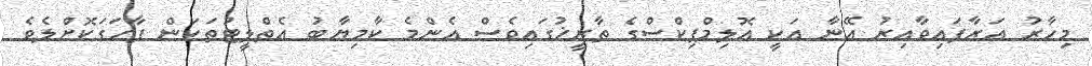
މިހާރު އަރާފައިވާއިރު އޭނާ އަކީ އޮލިމްޕިކްސްގެ ތާރީޚުގައިވެސް އެންމެ ކާމިޔާބު އެތްލީޓުތަކަން ފާހަގަކޮށްލެވެ